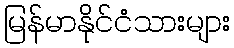
မြန်မာနိုင်ငံသားများ